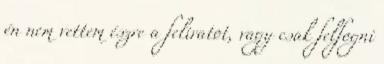
én nem vettem észre a feliratot, vagy csak felfogni